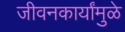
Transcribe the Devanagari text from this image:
जीवनकार्यांमुळे